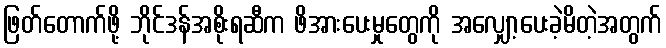
ဖြတ်တောက်ဖို့ ဘိုင်ဒန်အစိုးရဆီက ဖိအားပေးမှုတွေကို အလျှော့ပေးခဲ့မိတဲ့အတွက်